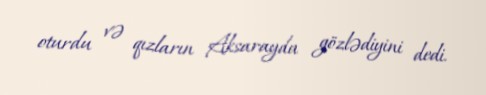
oturdu və qızların Aksarayda gözlədiyini dedi.